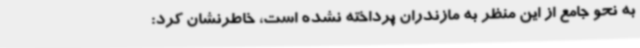
به نحو جامع از این منظر به مازندران پرداخته نشده است، خاطرنشان کرد: